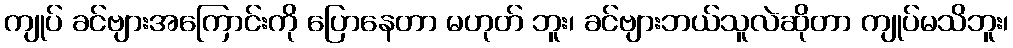
ကျုပ် ခင်ဗျားအကြောင်းကို ပြောနေတာ မဟုတ် ဘူး၊ ခင်ဗျားဘယ်သူလဲဆိုတာ ကျုပ်မသိဘူး၊